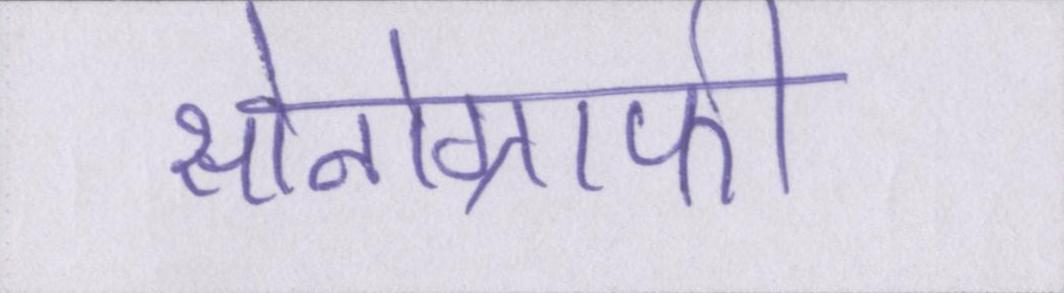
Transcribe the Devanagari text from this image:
सोनोग्राफी